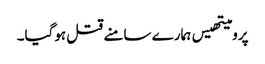
پرومیتھیس ہمارے سامنے قتل ہوگیا۔